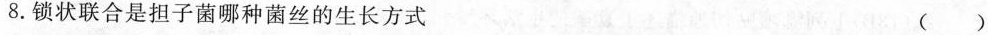
8.锁状联合是担子菌哪种菌丝的生长方式 ()